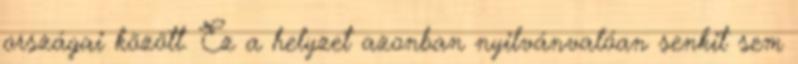
országai között. Ez a helyzet azonban nyilvánvalóan senkit sem